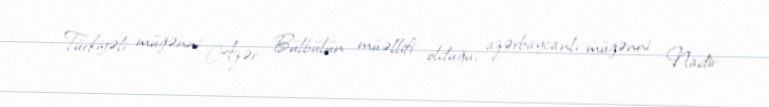
Türkiyəli müğənni Azər Bülbülün müəllifi olduğu, azərbaycanlı müğənni Nadir